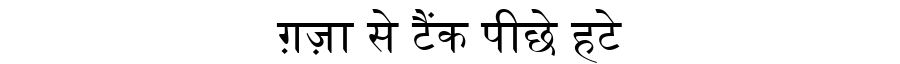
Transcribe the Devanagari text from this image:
ग़ज़ा से टैंक पीछे हटे